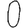
Digit: 0